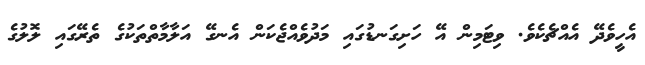
އެހީވެދޭ އެއްޗެކެވެ. ވިޓަމިން އޭ ހަށިގަނޑުގައި މަދުވެއްޖެކަން އެނގޭ އަލާމާތްތަކުގެ ތެރޭގައި ލޮލުގެ